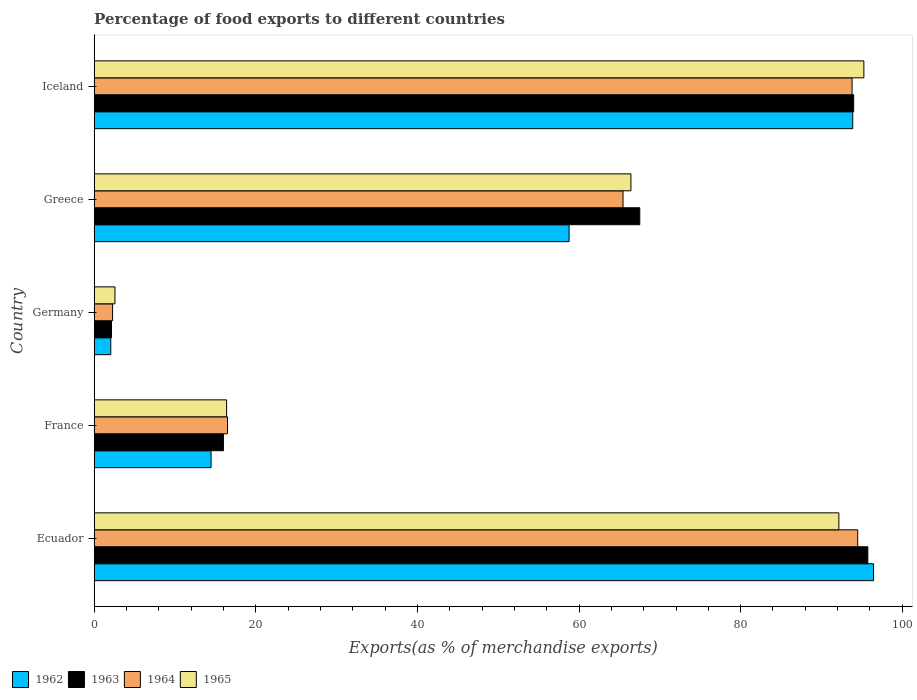
| Country | 1962 | 1963 | 1964 | 1965 |
 | --- | --- | --- | --- | --- |
 | Ecuador | 96.4 | 95.7 | 94.5 | 92.2 |
 | France | 14.5 | 16 | 16.5 | 16.4 |
 | Germany | 2.05 | 2.14 | 2.27 | 2.57 |
 | Greece | 58.8 | 67.5 | 65.4 | 66.4 |
 | Iceland | 93.9 | 94 | 93.8 | 95.3 |